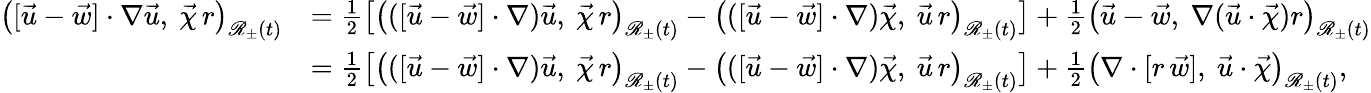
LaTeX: \begin{array}{rl}{\bigl([\vec{u}-\vec{w}]\cdot\nabla\vec{u},~\vec{\chi}\, r\bigr)_{\mathscr{R}_{\pm}(t)}}&{=\frac{1}{2}\left[\bigl(([\vec{u}-\vec{w}]\cdot\nabla)\vec{u},~\vec{\chi}\, r\bigr)_{\mathscr{R}_{\pm}(t)}-\bigl(([\vec{u}-\vec{w}]\cdot\nabla)\vec{\chi},~\vec{u}\, r\bigr)_{\mathscr{R}_{\pm}(t)}\right]+\frac{1}{2}\bigl(\vec{u}-\vec{w},~\nabla(\vec{u}\cdot\vec{\chi})r\bigr)_{\mathscr{R}_{\pm}(t)}}\\ &{=\frac{1}{2}\left[\bigl(([\vec{u}-\vec{w}]\cdot\nabla)\vec{u},~\vec{\chi}\, r\bigr)_{\mathscr{R}_{\pm}(t)}-\bigl(([\vec{u}-\vec{w}]\cdot\nabla)\vec{\chi},~\vec{u}\, r\bigr)_{\mathscr{R}_{\pm}(t)}\right]+\frac{1}{2}\bigl(\nabla\cdot[r\, \vec{w}],~\vec{u}\cdot\vec{\chi}\bigr)_{\mathscr{R}_{\pm}(t)},}\end{array}